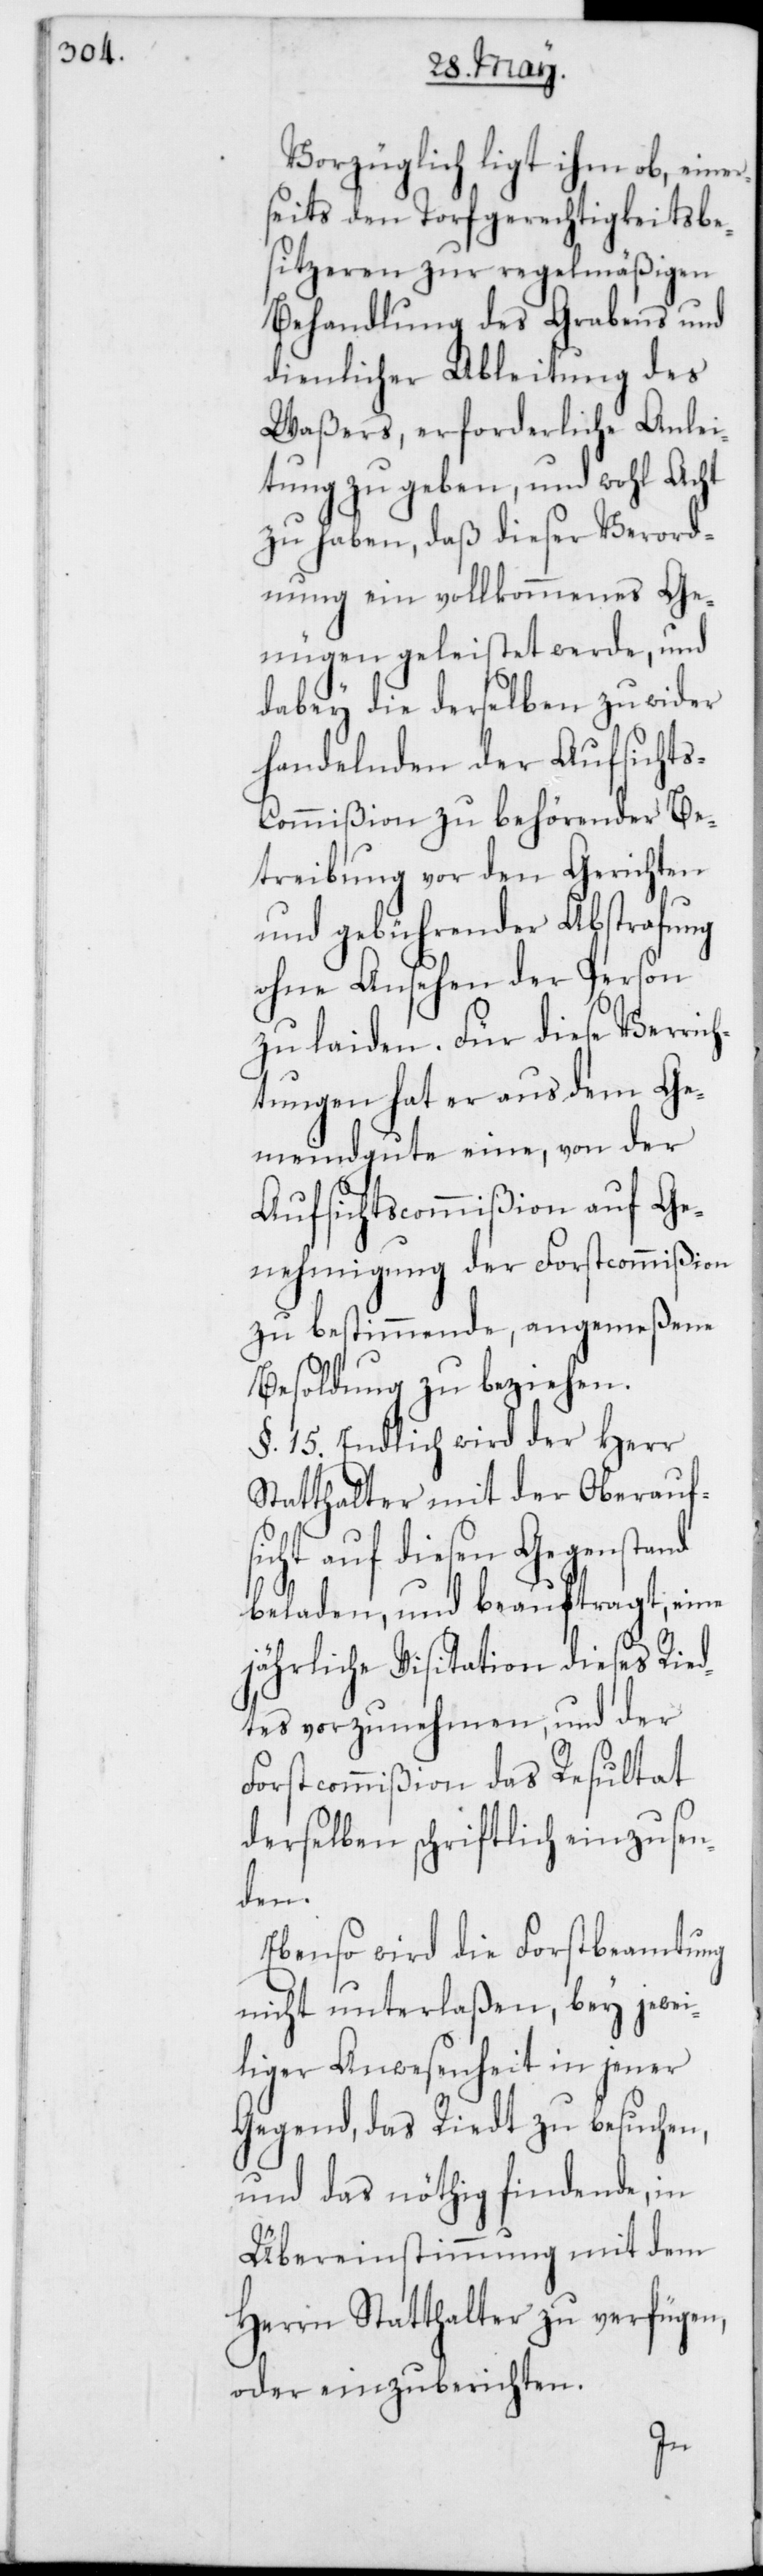
Vorzüglich ligt ihm ob, eine¬
seits den Torfgerechtigkeitsbe¬
sitzeren zur regelmäßigen
Behandlung des Grabens und
dienlicher Ableitung des
Waßers, erforderliche Anlei¬
tung zu geben, und wohl Acht
zu haben, daß dieser Verod¬
nung ein vollkommenes Ge¬
nügen geleistet werde, und
dabey die derselben zuwider
handelnden der Aufsicht¬
s-Commißion zu behörender Be¬
treibung vor den Gerichten
und gebührender Abstrafung
ohne Ansehen der Person
zu laiden. Für diese Verrich¬
tungen hat er aus dem Ge¬
meindgute eine, von der
Aufsichtscommißion auf Ge¬
nehmigung der Forstcommißion
zu bestimmende, angemeßene
Besoldung zu beziehen.
§. 15. Endlich wird der Herr
Statthalter mit der Oberauf¬
sicht auf diesen Gegenstand
beladen, und beauftragt, eine
jährliche Visitation dieses Ried¬
tes vorzunehmen, und der
Forstcommißion das Resultat
derselben schriftlich einzusen¬
den.
Ebenso wird die Forstbeamtung
nicht unterlaßen, bey jewei¬
liger Anwesenheit in jener
Gegend, das Riedt zu besuchen,
und das nöthig findende, in
Übereinstimmung mit dem
Herrn Statthalter zu verfügen,
oder einzuberichten.
r¬